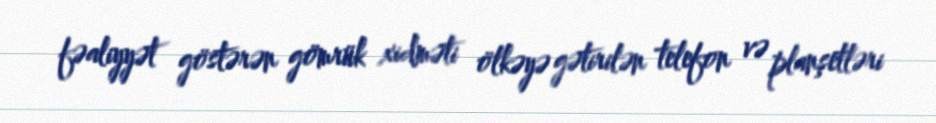
fəaliyyət göstərən gömrük xidməti ölkəyə gətirilən telefon və planşetləri